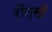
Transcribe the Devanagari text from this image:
रौन्सौ